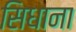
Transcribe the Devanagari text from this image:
सिधाना